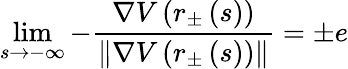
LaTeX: \operatorname*{lim}_{s\rightarrow-\infty}-\frac{\nabla V\left(r_{\pm}\left(s\right)\right)}{\left\| \nabla V\left(r_{\pm}\left(s\right)\right)\right\| }=\pm e